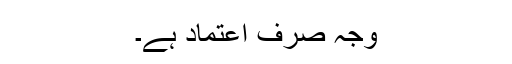
وجہ صرف اعتماد ہے۔